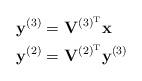
LaTeX: \begin{align*}\mathbf{y}^{(3)} &= \mathbf{V}^{(3)^\mathrm{T}}\mathbf{x} \\\mathbf{y}^{(2)} &= \mathbf{V}^{(2)^\mathrm{T}}\mathbf{y}^{(3)} \end{align*}